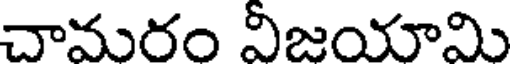
చామరం వీజయామి